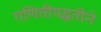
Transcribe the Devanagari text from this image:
गणितीपद्धतीने